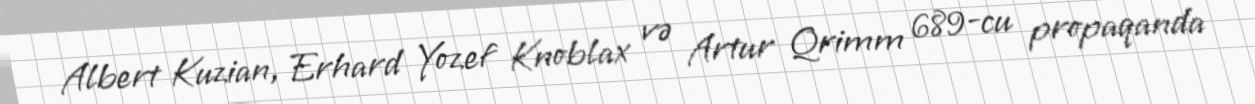
Albert Kuzian, Erhard Yozef Knoblax və Artur Qrimm 689-cu propaqanda